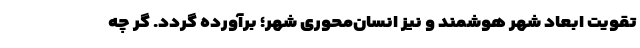
تقویت ابعاد شهر هوشمند و نیز انسان‌محوری شهر؛ برآورده گردد. گر چه